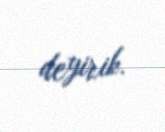
deyirik.